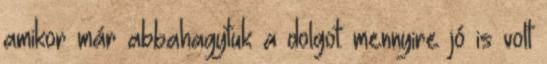
amikor már abbahagytuk a dolgot: mennyire jó is volt